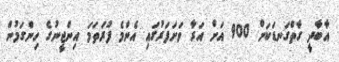
އާބާދީ ގާތްގަނޑަކަށް 900 އަށް އަރާ ވަށަފަރުގައި އެންމެ ފުރަތަމަ އިންޖީނުގެ ހިންގަމުން